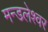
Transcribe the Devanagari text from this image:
मन्डलेश्वर